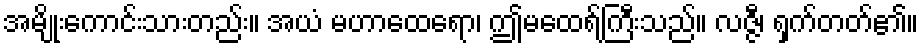
အမျိုးကောင်းသားတည်း။ အယံ မဟာထေရော၊ ဤမထေရ်ကြီးသည်။ လဇ္ဇီ၊ ရှက်တတ်၏။